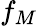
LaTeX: f_{M}